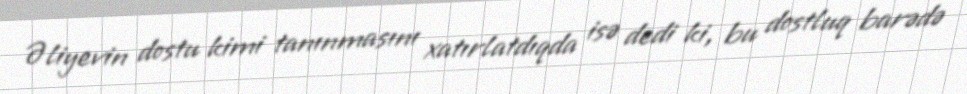
Əliyevin dostu kimi tanınmasını xatırlatdıqda isə dedi ki, bu dostluq barədə